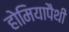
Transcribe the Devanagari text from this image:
होमियापैथी